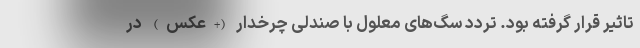
تاثیر قرار گرفته بود. تردد سگ‌های معلول با صندلی چرخدار (+عکس) در